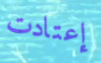
إعتادت